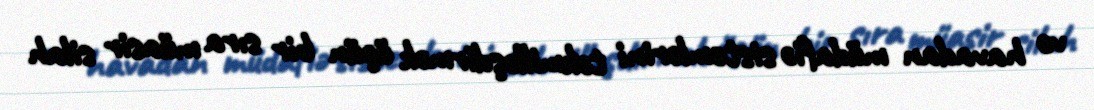
və havadan müdafiə sistemlərini təkmilləşdirmək üçün bir sıra müasir silah